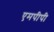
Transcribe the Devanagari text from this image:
एमपीपी